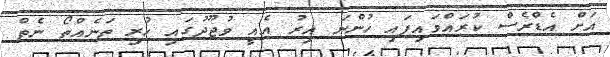
އަށް އެޑްރެސް ކުރައްވައިފައި ހުންނަ އިރު އެއީ ވުޖޫދުގައި ހުރި ތަނެއްތޯ ނެތް